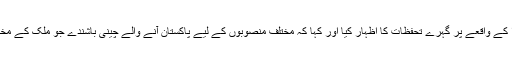
چوہدری نثار نے کوئٹہ میں دو چینی باشندوں کے اغوا کے واقعے پر گہرے تحفظات کا اظہار کیا اور کہا کہ مختلف منصوبوں کے لیے پاکستان آنے والے چینی باشندے جو ملک کے مختلف حصوں میں موجود ہیں ان کا ڈیٹا بینک بنایا جائے۔